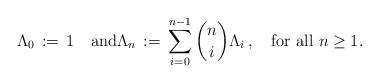
LaTeX: \begin{align*} \Lambda_0 \,:=\, 1 \quad\mbox{and}\Lambda_n \,:=\, \sum_{i=0}^{n-1} \binom{n}{i} \Lambda_i\,, \quad\mbox{for all $n\ge 1$}.\end{align*}